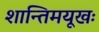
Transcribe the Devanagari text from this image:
शान्तिमयूखः